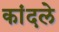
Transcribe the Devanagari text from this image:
कांदले